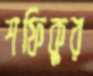
শফিকুর